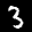
Label: 3